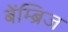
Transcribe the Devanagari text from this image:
बेंम्ब्रिज